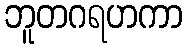
ဘူတဂရဟကာ